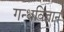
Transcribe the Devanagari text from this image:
गन्धविज्ञान